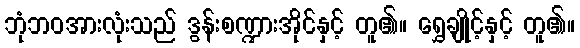
ဘုံဘဝအားလုံးသည် ဒွန်းစဏ္ဍားအိုင်နှင့် တူ၏။ ရွှေချိုင့်နှင့် တူ၏။